Document type: Emphyteutic lease
Year: 1316
Scribe: Berenguer de Vallseca
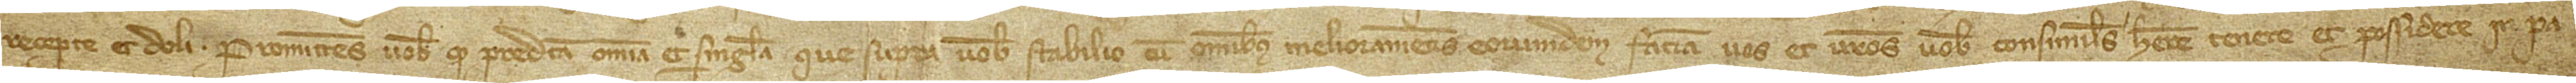
recepte et doli. Promittens vobis quod predicta omnia et singula que supra vobis stabilio, cum omnibus melioramentis eorumdem, faciam vos et vestros vobis consimiles habere, tenere et possidere in pa-